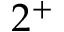
2 ^ { + }